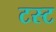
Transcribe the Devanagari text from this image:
टस्ट